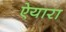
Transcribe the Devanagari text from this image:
ऐयारा